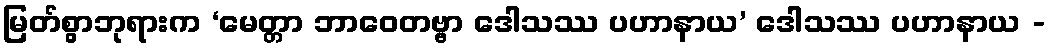
မြတ်စွာဘုရားက ‘မေတ္တာ ဘာဝေတဗ္ဗာ ဒေါသဿ ပဟာနာယ’ ဒေါသဿ ပဟာနာယ -